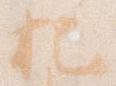
把